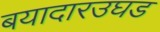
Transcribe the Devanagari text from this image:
बयादारउघड